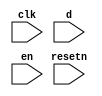
//copilot mean_prob: 0.4828084863207971
//This file was assembled by gen.py, written by redactedAuthorFirstname redactedAuthorLastname.
module jtag
(
    input clk,
    input resetn,
    input d,
    input en
);

reg lock_jtag_status;

//set lock_jtag high when d and en are high
//-copilot next line-
//copilot mean_prob: 0.4828084863207971

reg [1:0] lock_jtag = 1'b1;



endmodule